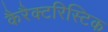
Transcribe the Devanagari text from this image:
कैरैक्टरिस्टिक